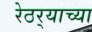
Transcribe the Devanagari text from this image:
रेठर्‍याच्या